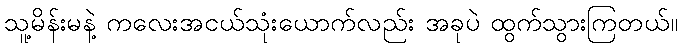
သူ့မိန်းမနဲ့ ကလေးအငယ်သုံးယောက်လည်း အခုပဲ ထွက်သွားကြတယ်။